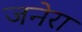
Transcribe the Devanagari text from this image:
जनेरा